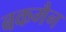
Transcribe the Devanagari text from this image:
बकमैन